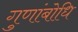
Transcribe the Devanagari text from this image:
गुणांबोधि